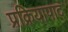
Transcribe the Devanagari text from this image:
प्रक्रियापाद